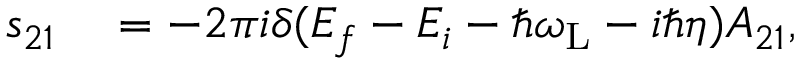
\begin{array} { r l } { s _ { 2 1 } } & { { } = - 2 \pi i \delta ( E _ { f } - E _ { i } - \hbar \omega _ { \mathrm { L } } - i \hbar \eta ) A _ { 2 1 } , } \end{array}